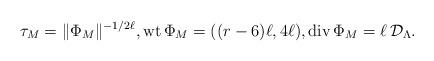
LaTeX: \begin{align*}\tau_{M}=\|\Phi_{M}\|^{-1/2\ell},{\rm wt}\,\Phi_{M}=((r-6)\ell,4\ell),{\rm div}\,\Phi_{M}=\ell\,{\mathcal D}_{\Lambda}.\end{align*}